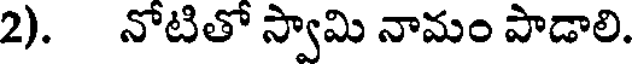
2). నోటితో స్వామి నామం పాడాలి.